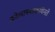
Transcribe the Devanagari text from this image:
कोलापथाकथिनते